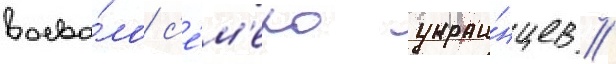
воева́ло с'е́м'еро украи́нцев //